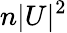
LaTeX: n|U|^{2}